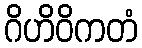
ဂိဟိဝိကတံ